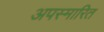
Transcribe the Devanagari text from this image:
अपस्मारित